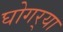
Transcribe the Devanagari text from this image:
घोगर्‍या